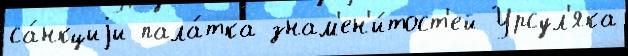
са́нкциjи пала́тка знам'ен'и́тост'ей Урсул'яка